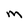
Character: M